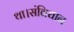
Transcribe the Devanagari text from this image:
था।संविधान